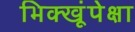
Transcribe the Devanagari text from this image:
भिक्खूंपेक्षा